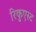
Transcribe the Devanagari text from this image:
रिकुएस्ट